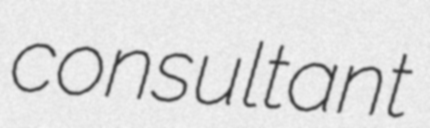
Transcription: consultant